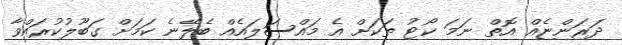
ދަރަންޏެއް އޮތް ނަމަ ކޯޓު ތަކަށް އެ މައްސަލައެއް ބެލޭނެ ކަމަށް ގަބޫލުކުރައްވާ